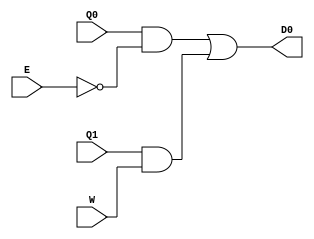
module Location0(input E, W, Q0, Q1, output D0);

    assign D0 = (Q0 & ~E) | (Q1 & W);

endmodule